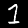
Digit: 1